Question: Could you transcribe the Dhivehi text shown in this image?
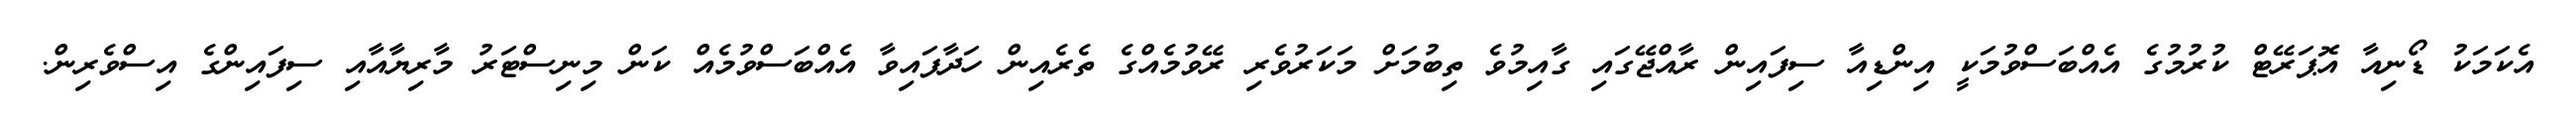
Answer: އެކަމަކު ޑޯނިއާ އޮޕަރޭޓް ކުރުމުގެ އެއްބަސްވުމަކީ އިންޑިއާ ސިފައިން ރާއްޖޭގައި ގާއިމުވެ ތިބުމަށް މަކަރުވެރި ރޭވުމެއްގެ ތެރެއިން ހަދާފައިވާ އެއްބަސްވުމެއް ކަން މިނިސްޓަރު މާރިޔާއާއި ސިފައިންގެ އިސްވެރިން.